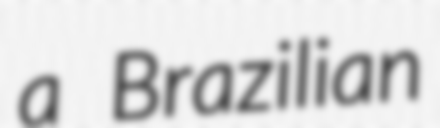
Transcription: a Brazilian